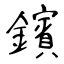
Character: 鑌